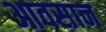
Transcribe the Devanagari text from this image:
आवसान